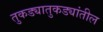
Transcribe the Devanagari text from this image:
तुकड्यातुकड्यांतील